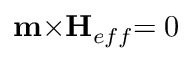
{ \bf { m } } { \times } { \bf { { H } } } _ { { e f f } } { = 0 }